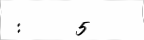
:     5